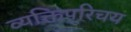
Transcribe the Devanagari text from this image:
व्यक्तिपरिचय